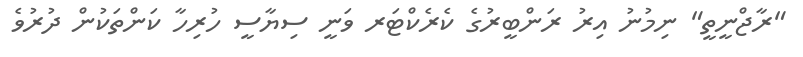
"ރާޖްނީތީ" ނިމުނު އިރު ރަންބީރުގެ ކެރެކްޓަރ ވަނީ ސިޔާސީ ހުރިހާ ކަންތަކުން ދުރުވެ